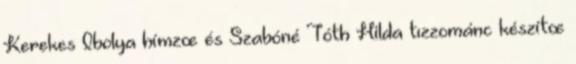
Kerekes Ibolya hímzœ és Szabóné Tóth Hilda tızzománc készítœ